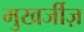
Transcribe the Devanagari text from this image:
मुखर्जीज़